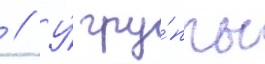
 // У́ гру́ппы